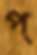
প্